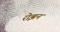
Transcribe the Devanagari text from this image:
रोझन